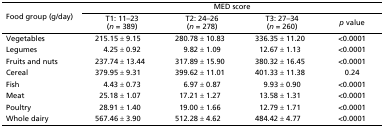
| <ROWSPAN=2> Food group (g/day) | <COLSPAN=4> MED score |
 | T1: 11–23 (n = 389) | T2: 24–26 (n = 278) | T3: 27–34 (n = 260) | p value |
 | --- | --- | --- | --- | --- |
 | Vegetables | 215.15 ± 9.15 | 280.78 ± 10.83 | 336.35 ± 11.20 | <0.0001 |
 | Legumes | 4.25 ± 0.92 | 9.82 ± 1.09 | 12.67 ± 1.13 | <0.0001 |
 | Fruits and nuts | 237.74 ± 13.44 | 317.89 ± 15.90 | 380.32 ± 16.45 | <0.0001 |
 | Cereal | 379.95 ± 9.31 | 399.62 ± 11.01 | 401.33 ± 11.38 | 0.24 |
 | Fish | 4.43 ± 0.73 | 6.97 ± 0.87 | 9.93 ± 0.90 | <0.0001 |
 | Meat | 25.18 ± 1.07 | 17.21 ± 1.27 | 13.58 ± 1.31 | <0.0001 |
 | Poultry | 28.91 ± 1.40 | 19.00 ± 1.66 | 12.79 ± 1.71 | <0.0001 |
 | Whole dairy | 567.46 ± 3.90 | 512.28 ± 4.62 | 484.42 ± 4.77 | <0.0001 |